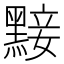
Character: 𪑗